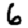
Digit: 6